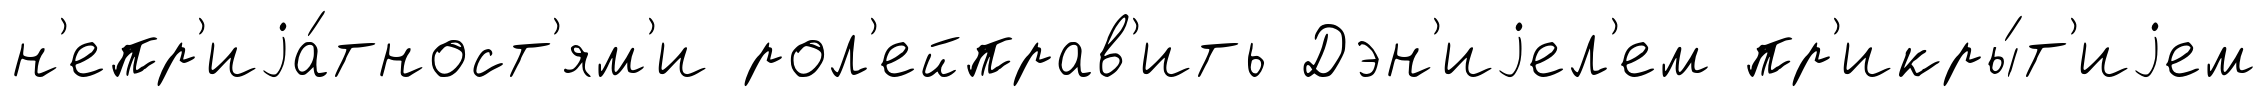
н'епр'иjа́тност'ям'и рол'ейправ'ить Дэн'иjел'ем пр'икры́т'иjем